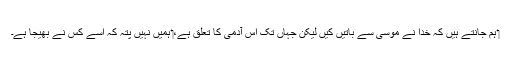
‏ ہم جانتے ہیں کہ خدا نے موسیٰ سے باتیں کیں لیکن جہاں تک اُس آدمی کا تعلق ہے،‏ ہمیں نہیں پتہ کہ اُسے کس نے بھیجا ہے۔